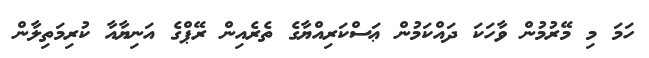
ހަމަ މި މޭރުމުން ވާހަކަ ދައްކަމުން ޢަސްކަރިއްޔާގެ ތެރެއިން ރޭޕްގެ އަނިޔާއާ ކުރިމަތިލާން